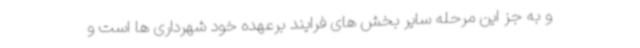
و به جز این مرحله سایر بخش های فرایند برعهده خود شهرداری ها است و